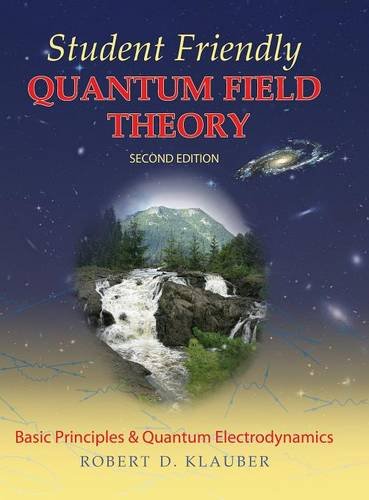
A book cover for Student Friendly Quantum Field Theory; Robert D. Klauber; Science & Math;